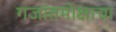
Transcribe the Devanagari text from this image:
गजांतमोक्षाचा